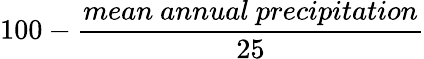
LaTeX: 100-{\frac{mean\ annual\ precipitation}{25}}